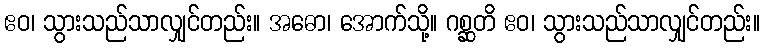
ဧဝ၊ သွားသည်သာလျှင်တည်း။ အဓော၊ အောက်သို့။ ဂစ္ဆတိ ဧဝ၊ သွားသည်သာလျှင်တည်း။